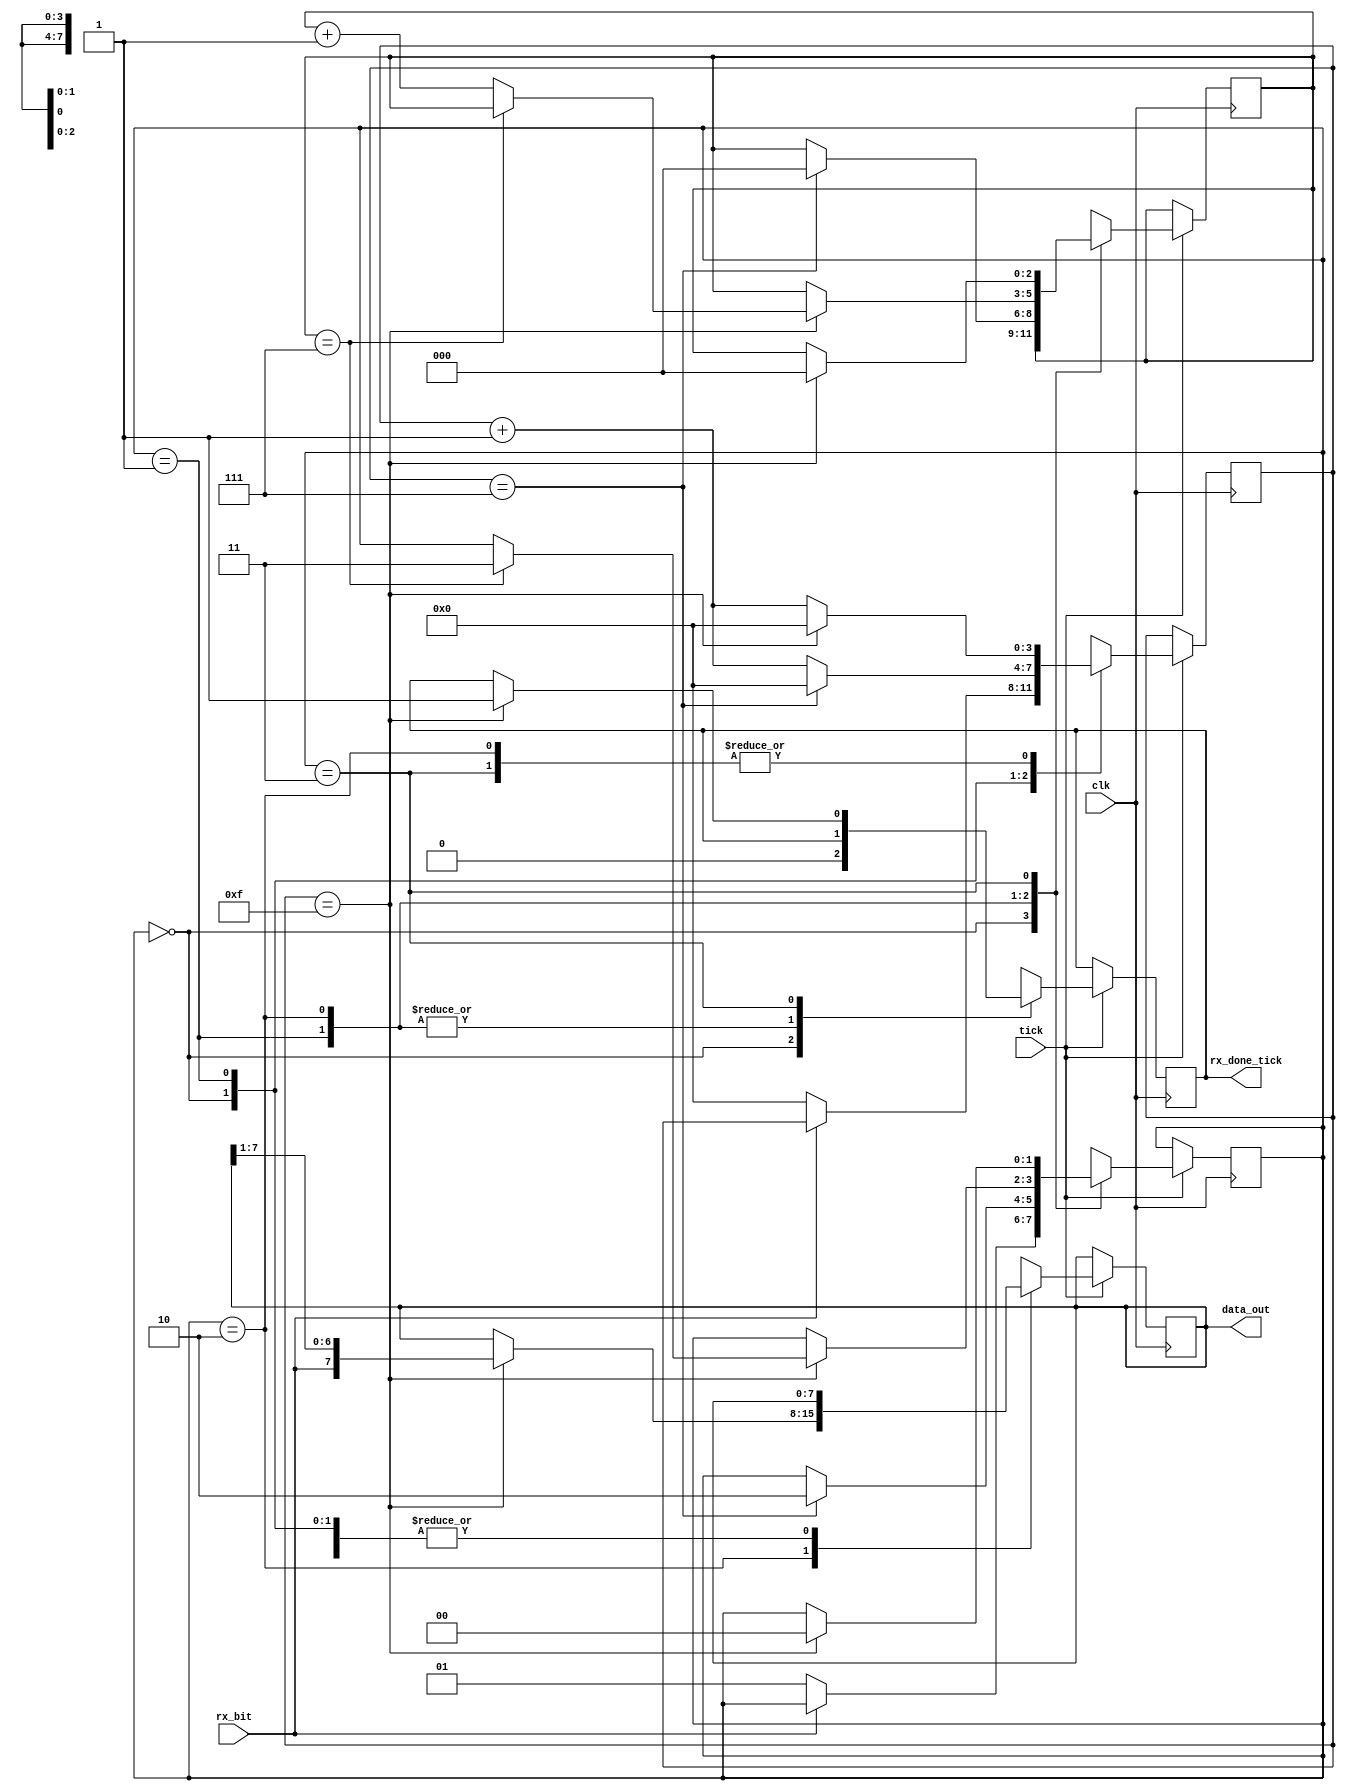
`timescale 1ns / 1ps
//////////////////////////////////////////////////////////////////////////////////
//	Alumnos:
//					 Ortmann, Nestor Javier
// 				 Trejo, Bruno Guillermo
// Year: 		 2018
// Module Name: RX
//////////////////////////////////////////////////////////////////////////////////

`define NBIT_DATA_LEN 8

module RX
    ( 
	   // inputs
		clk,
		rx_bit,			// recepcion de bits
		tick,				// clock salida del baud_rate_gen
	
		// outputs
		rx_done_tick,	// fin de recepcion
		data_out		   // datos recibidos y enviados a la interfaz
	); 

parameter NBIT_DATA = `NBIT_DATA_LEN;	//largo del dato
parameter LEN_DATA = 3; 				   //$clog2(NBIT_DATA); 
parameter NUM_TICKS = 16;
parameter LEN_NUM_TICKS = 4;				//$clog2(NUM_TICKS); 

input clk;  
input rx_bit;	// recepcion de bits
input tick;	
output reg rx_done_tick=1'b0;
output [NBIT_DATA-1:0] data_out;
	
// estados 
localparam	[1:0] IDLE 	= 2'b 00;
localparam	[1:0] START	= 2'b 01;
localparam	[1:0] DATA	= 2'b 10;
localparam	[1:0] STOP 	= 2'b 11;

reg [1:0] state=IDLE;			
reg [LEN_NUM_TICKS - 1:0] tick_counter=0;
reg [LEN_DATA - 1:0] num_bits=0;
reg [NBIT_DATA - 1:0] buffer;

assign data_out = buffer; 

always @(posedge clk) 
begin
	if(tick)
	begin
		case (state)
			IDLE : 
				begin
					rx_done_tick =1'b0; // avisa que no mando nada
					if (~rx_bit) 	     //bit de start
					begin 			
						state = START;   //siguiente estado, inicio de recepcion
						tick_counter = 0;
					end
				end
			START :
				begin
					if (tick_counter==(NUM_TICKS>>1)-1) //cuento 7 y me posiciono en el medio del bit
					begin 								
						state = DATA; 	//siguiente estado, primer bit de datos			
						tick_counter = 0; //comienzo a contar de nuevo
						num_bits = 0;	//cantidad de datos recibidos 
					end 
					else 
						tick_counter = tick_counter + 1;
				end
			
			DATA : 
				begin
					if (tick_counter==NUM_TICKS-1)//cuento15 y me posiciono en el medio del bit siguiente
					begin 
						tick_counter = 0;
						buffer = {rx_bit , buffer [NBIT_DATA-1 : 1]}; //actualizo el buffer con el bit recibido
						if (num_bits==(NBIT_DATA-1)) //veo cuantos bits del dato recibio
							state = STOP; //si recibi todos, el siguiente estado es el de stop
						else 
							num_bits = num_bits + 1;
					end 
					else
						tick_counter = tick_counter + 1;
				end

			STOP : //no lee el valor bit de stop
				begin
					if (tick_counter==(NUM_TICKS-1)) //cuento15 y me posiciono en el medio del bit de stop
					begin 
						tick_counter = 0; 
						num_bits = 0;
						state = IDLE;	    //vuelve a quedar a la espera de otro dato
						rx_done_tick =1'b1; //avisa a la interfaz que termino
					end 
					else 
						tick_counter = tick_counter + 1;
				end
			default :
			begin
				rx_done_tick =1'b0;
				state = IDLE; 
				tick_counter = 0; 
				num_bits = 0; 
				buffer = 0;
			end
		endcase
	end
end 
endmodule